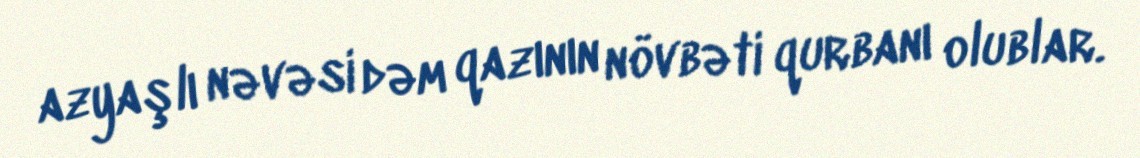
azyaşlı nəvəsi dəm qazının növbəti qurbanı olublar.